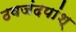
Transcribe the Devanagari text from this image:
ठवजंदपांश्